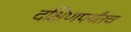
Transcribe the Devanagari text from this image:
दक्षिणपर्यंतच